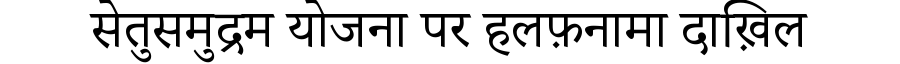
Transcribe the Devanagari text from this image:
सेतुसमुद्रम योजना पर हलफ़नामा दाख़िल